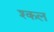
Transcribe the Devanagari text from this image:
श्कल